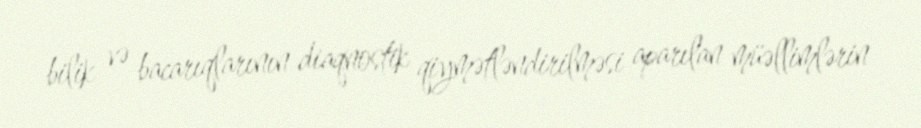
bilik və bacarıqlarının diaqnostik qiymətləndirilməsi aparılan müəllimlərin